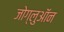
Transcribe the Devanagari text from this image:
जोग्लुऑन